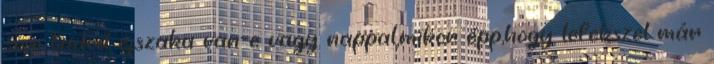
sem tudod éjszaka van-e vagy nappal,mikor épp,hogy lefekszel már